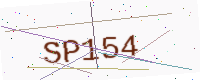
Text: SP154